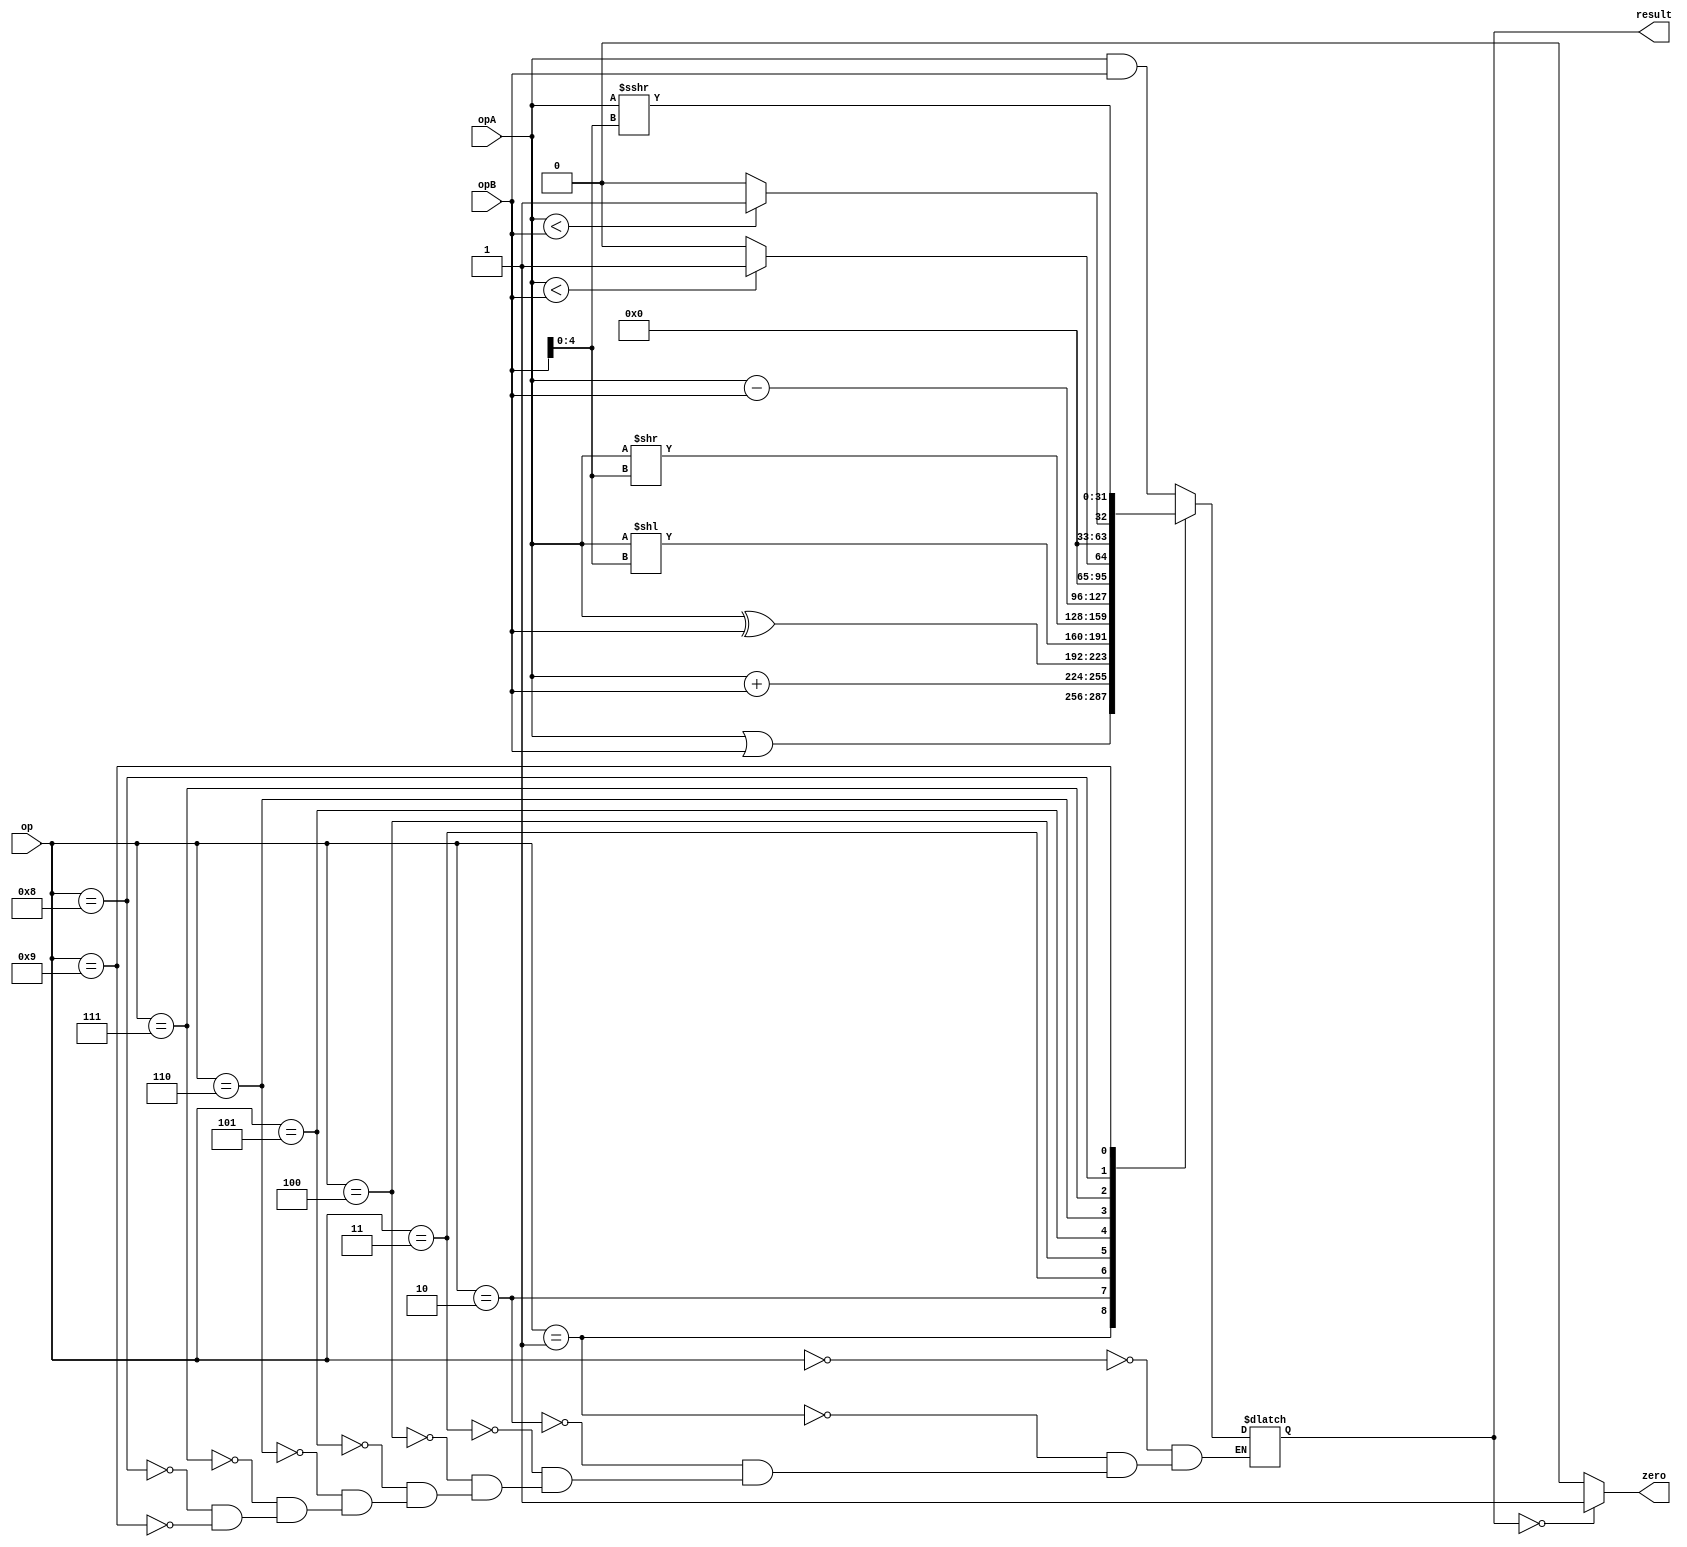
`timescale 1ns / 1ps
//////////////////////////////////////////////////////////////////////////////////
// Company: 
// Engineer: 
// 
// Design Name: 
// Module Name: alu
// Project Name: 
// Target Devices: 
// Tool Versions: 
// Description: 
// 
// Dependencies: 
// 
// Revision:
// Revision 0.01 - File Created
// Additional Comments:
// 
//////////////////////////////////////////////////////////////////////////////////


module alu(
    input [31:0] opA,
    input [31:0] opB,
    input [3:0] op,
    
    output reg [31:0] result,
    output zero
);

    always @ ( opA or opB or op ) begin
        case (op)
            4'b0000: result <= opA & opB; //and
            4'b0001: result <= opA | opB; //or
            4'b0010: result <= opA + opB; //add
            4'b0011: result <= opA ^ opB; //xor
            4'b0100: result <= opA << opB[4:0]; //sll
            4'b0101: result <= opA >> opB[4:0]; //srl
            4'b0110: result <= opA - opB; //sub
            4'b0111: result <= (opA < opB) ? 32'b1 : 32'b0; //sltu
            4'b1000: result <= ($signed(opA) < $signed(opB)) ? 32'b1 : 32'b0; //slt
            4'b1001: result <= opA >>> opB[4:0]; //sra
        endcase  
   end
   
   assign zero = (result == 32'b0) ? 1'b1 : 1'b0; 

endmodule